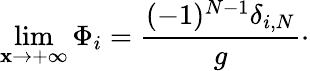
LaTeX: \operatorname*{lim}_{\mathbf{x}\rightarrow+\infty}\Phi_{i}={\frac{{(-1)^{N-1}\delta_{i,N}}}{{g}}}\cdotp